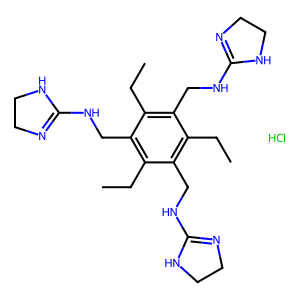
SMILES: CCc1c(CNC2=NCCN2)c(CC)c(CNC2=NCCN2)c(CC)c1CNC1=NCCN1.Cl
Inhibits HIV replication: No